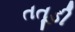
તતૂડી